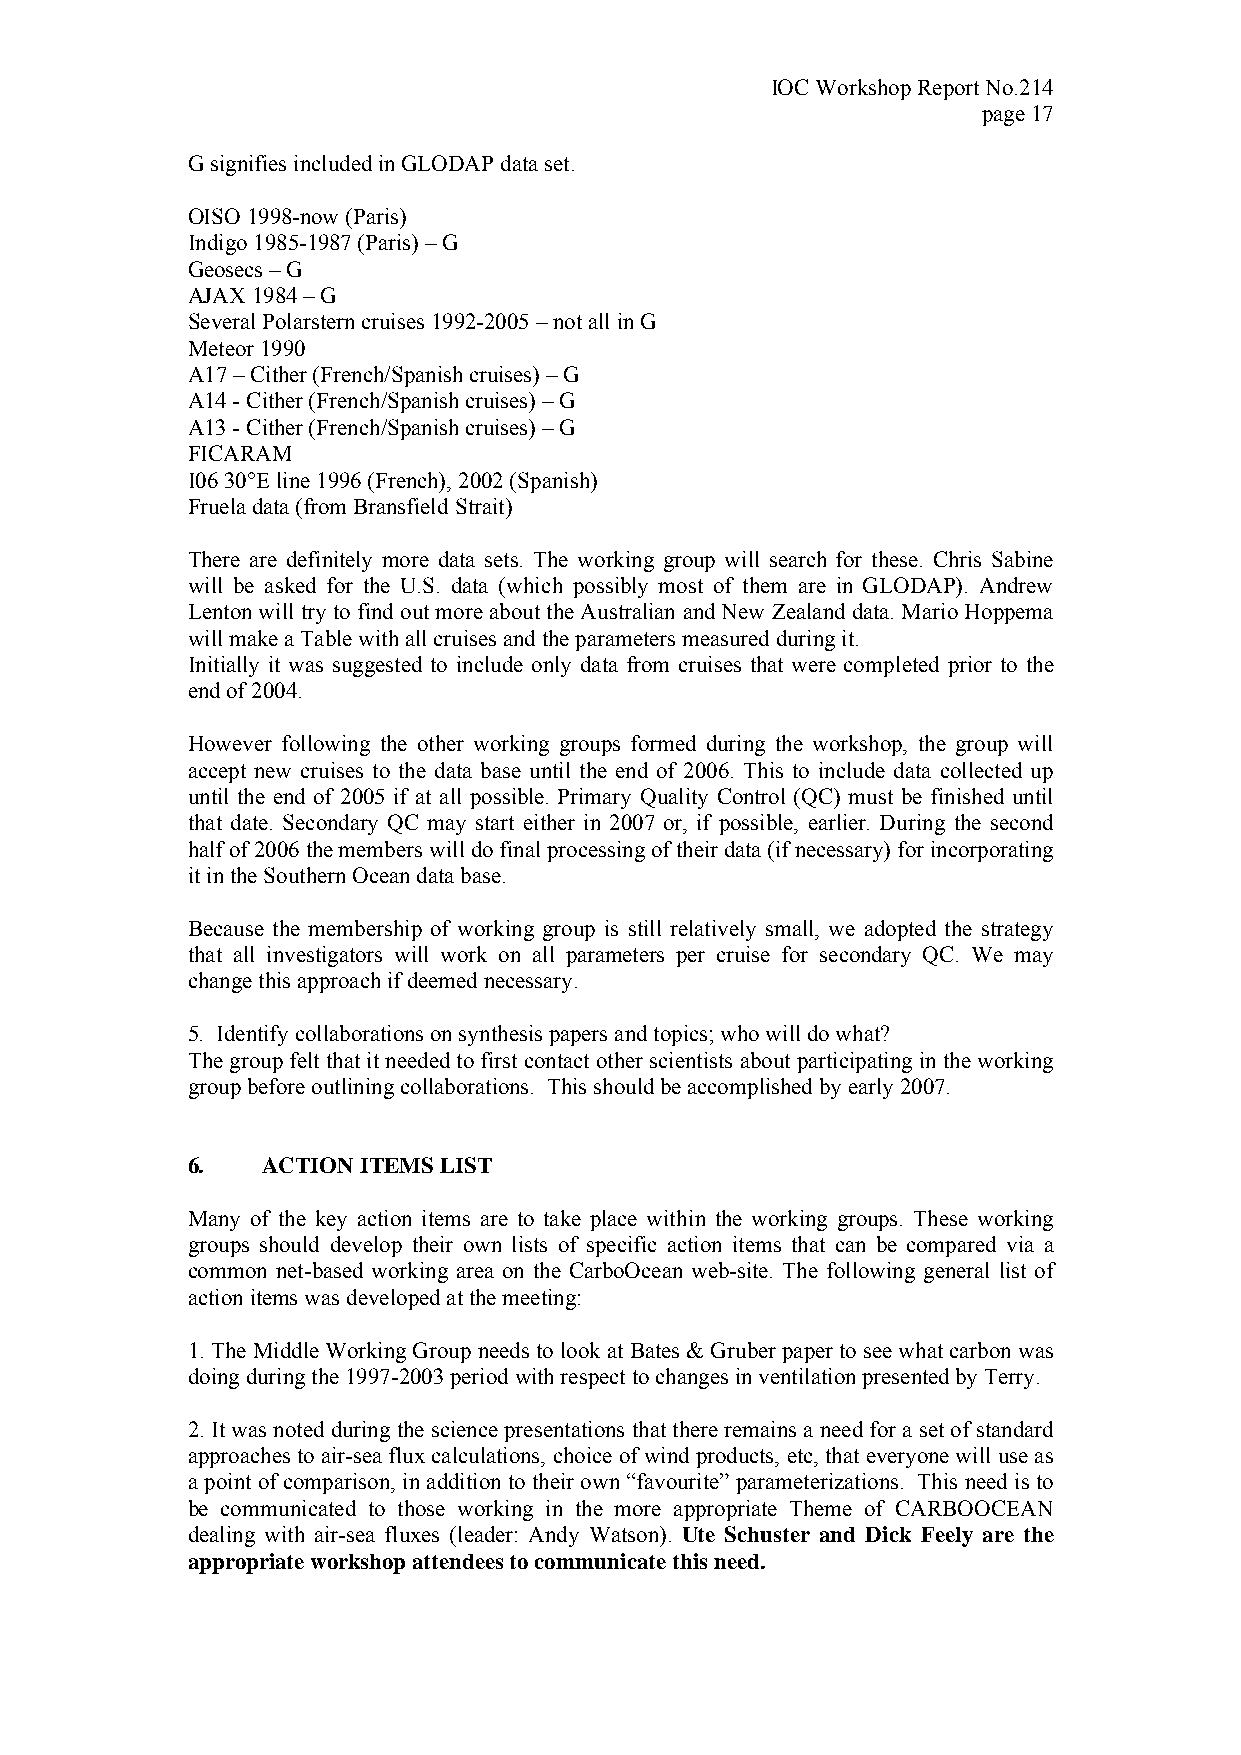
IOC Workshop Report No.214
 page 17
 G signifies included in GLODAP data set.
 OISO 1998-now (Paris)
 Indigo 1985-1987 (Paris) – G
 Geosecs – G
 AJAX 1984 – G
 Several Polarstern cruises 1992-2005 – not all in G
 Meteor 1990
 A17 – Cither (French/Spanish cruises) – G
 A14 - Cither (French/Spanish cruises) – G
 A13 - Cither (French/Spanish cruises) – G
 FICARAM
 I06 30°E line 1996 (French), 2002 (Spanish)
 Fruela data (from Bransfield Strait)
 There are definitely more data sets. The working group will search for these. Chris Sabine
 will be asked for the U.S. data (which possibly most of them are in GLODAP). Andrew
 Lenton will try to find out more about the Australian and New Zealand data. Mario Hoppema
 will make a Table with all cruises and the parameters measured during it.
 Initially it was suggested to include only data from cruises that were completed prior to the
 end of 2004.
 However following the other working groups formed during the workshop, the group will
 accept new cruises to the data base until the end of 2006. This to include data collected up
 until the end of 2005 if at all possible. Primary Quality Control (QC) must be finished until
 that date. Secondary QC may start either in 2007 or, if possible, earlier. During the second
 half of 2006 the members will do final processing of their data (if necessary) for incorporating
 it in the Southern Ocean data base.
 Because the membership of working group is still relatively small, we adopted the strategy
 that all investigators will work on all parameters per cruise for secondary QC. We may
 change this approach if deemed necessary.
 5. Identify collaborations on synthesis papers and topics; who will do what?
 The group felt that it needed to first contact other scientists about participating in the working
 group before outlining collaborations. This should be accomplished by early 2007.
 6.   ACTION ITEMS LIST
 Many of the key action items are to take place within the working groups. These working
 groups should develop their own lists of specific action items that can be compared via a
 common net-based working area on the CarboOcean web-site. The following general list of
 action items was developed at the meeting:
 1. The Middle Working Group needs to look at Bates & Gruber paper to see what carbon was
 doing during the 1997-2003 period with respect to changes in ventilation presented by Terry.
 2. It was noted during the science presentations that there remains a need for a set of standard
 approaches to air-sea flux calculations, choice of wind products, etc, that everyone will use as
 a point of comparison, in addition to their own “favourite” parameterizations. This need is to
 be communicated to those working in the more appropriate Theme of CARBOOCEAN
 dealing with air-sea fluxes (leader: Andy Watson). Ute Schuster and Dick Feely are the
 appropriate workshop attendees to communicate this need.